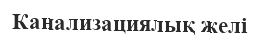
Канализациялық желі